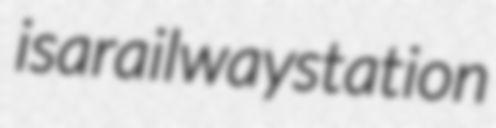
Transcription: is a railway station